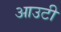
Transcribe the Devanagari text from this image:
आउटी